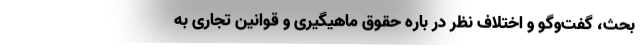
بحث، گفت‌و‌گو و اختلاف نظر در باره حقوق ماهیگیری و قوانین تجاری به